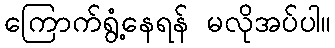
ကြောက်ရွံ့နေရန် မလိုအပ်ပါ။